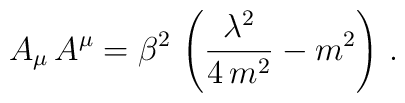
A_{\mu}\,A^{\mu} = \beta^{2}\,\left(    \frac{\lambda^2}{4\,m^2} - m^2\right)\,.